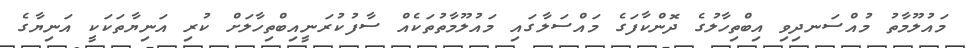
މައުލޫމާތު މުއްސަނދިވި އިބްތިހާލުގެ ދޮންކާފަގެ މައްސަލާގައި މައުލޫމާތުތަކެއް ސާފުކުރަނީއިބްތިހާލަށް ކުރި އަނިޔާތަކަކީ އަނިޔާގެ